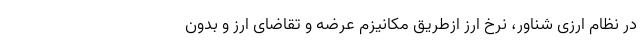
در نظام ارزی شناور، نرخ ارز ازطریق مکانیزم عرضه و تقاضای ارز و بدون